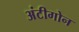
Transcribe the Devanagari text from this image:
अंटीगोन